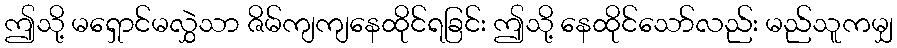
ဤသို့ မရှောင်မလွှဲသာ ဇိမ်ကျကျနေထိုင်ရခြင်း ဤသို့ နေထိုင်သော်လည်း မည်သူကမျှ